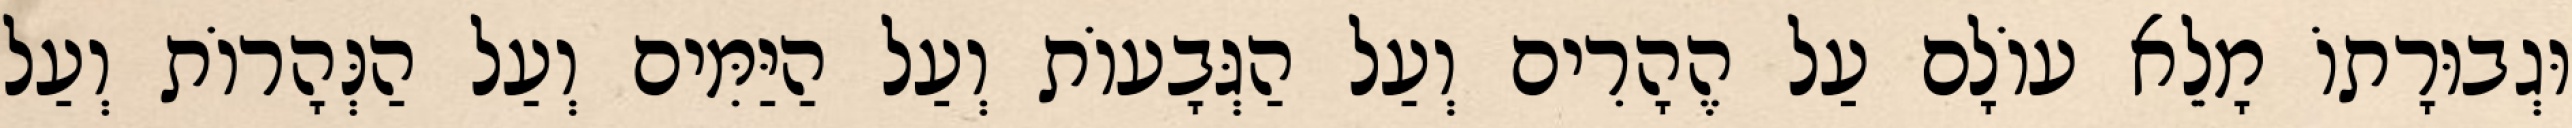
וּגְבוּרָתוֹ מָלֵא עוֹלָם עַל הֶהָרִים וְעַל הַגְּבָעוֹת וְעַל הַיַּמִּים וְעַל הַנְּהָרוֹת וְעַל